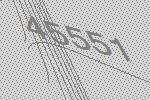
45551